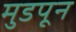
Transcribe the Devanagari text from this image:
मुडपून